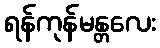
ရန်ကုန်မန္တလေး